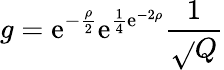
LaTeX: g=\mathrm{e}^{-\frac{{\rho}}{{2}}}\mathrm{e}^{\frac{{1}}{{4}}\mathrm{e}^{-2\rho}}\frac{{1}}{{\sqrt{}{{Q}}}}